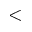
<